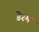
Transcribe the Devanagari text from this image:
डेरम